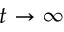
t \to \infty